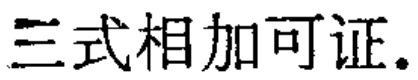
三式相加可证。